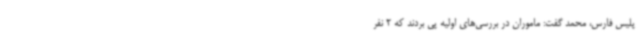
پلیس فارس، محمد گفت: ماموران در بررسی‌های اولیه پی بردند که 2 نفر